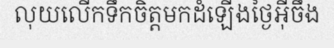
លុយលើកទឹកចិត្តមកដំឡើងថ្ងៃអ៊ីចឹង